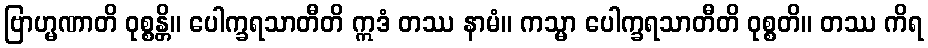
ဗြာဟ္မဏာတိ ဝုစ္စန္တိ။ ပေါက္ခရသာတီတိ ဣဒံ တဿ နာမံ။ ကသ္မာ ပေါက္ခရသာတီတိ ဝုစ္စတိ။ တဿ ကိရ